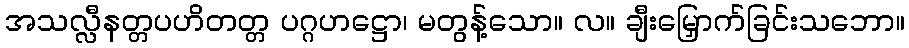
အသလ္လီနတ္တပဟိတတ္တ ပဂ္ဂဟဋ္ဌော၊ မတွန့်သော။ လ။ ချီးမြှောက်ခြင်းသဘော။